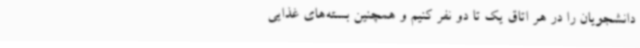
دانشجویان را در هر اتاق یک تا دو نفر کنیم و همچنین بسته‌های غذایی